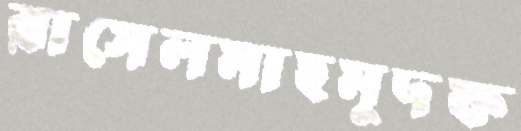
রাসেলমাহমুদফ